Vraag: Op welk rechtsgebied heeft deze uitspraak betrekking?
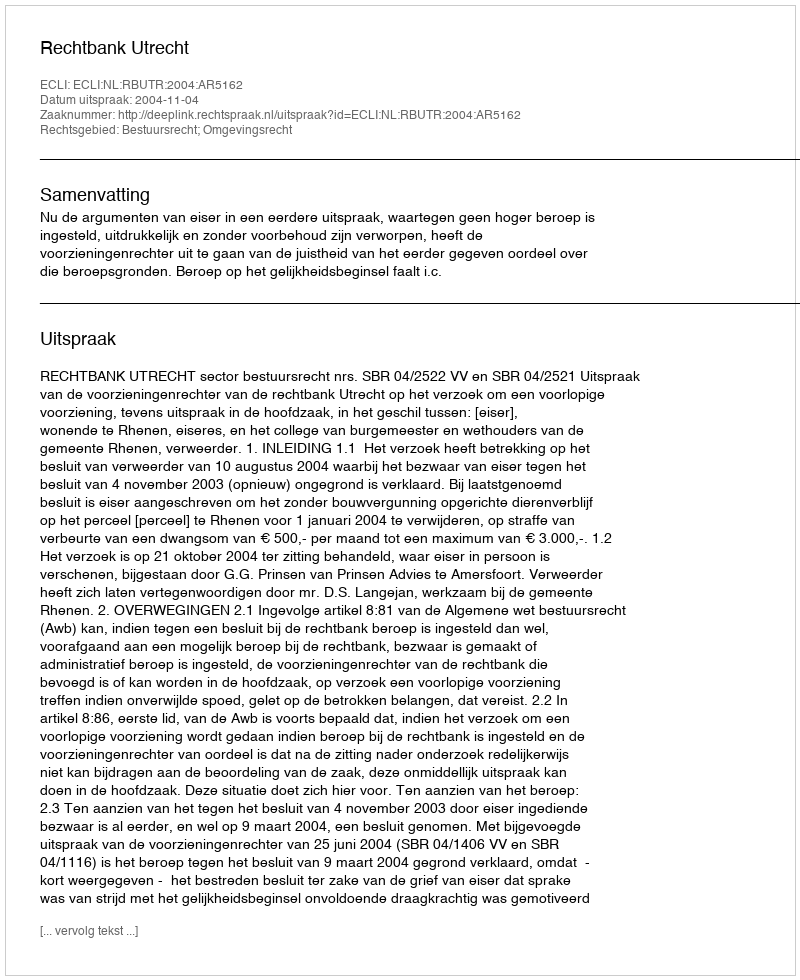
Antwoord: Bestuursrecht; Omgevingsrecht